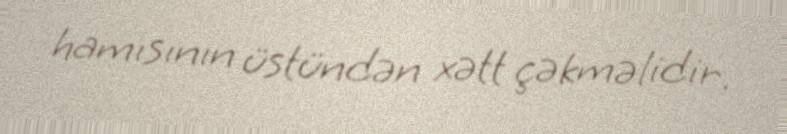
hamısının üstündən xətt çəkməlidir.